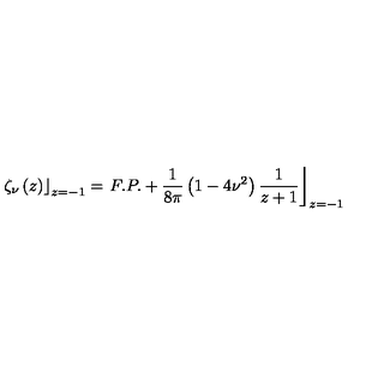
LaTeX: \left. \zeta _ { \nu } \left( z \right) \right\rfloor _ { z = - 1 } = \left. F . P . + \frac { 1 } { 8 \pi } \left( 1 - 4 \nu ^ { 2 } \right) \frac { 1 } { z + 1 } \right\rfloor _ { z = - 1 }